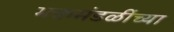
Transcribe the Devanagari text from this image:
भक्तमंडळींच्या